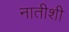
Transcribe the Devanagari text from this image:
नातीशी